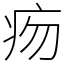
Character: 𤵐